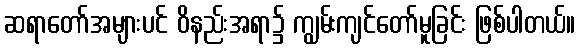
ဆရာတော်အများပင် ဝိနည်းအရာ၌ ကျွမ်းကျင်တော်မူခြင်း ဖြစ်ပါတယ်။